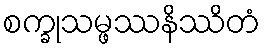
စက္ခုသမ္ဖဿနိဿိတံ